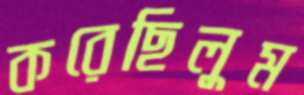
করেছিলুম